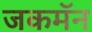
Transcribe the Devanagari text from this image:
जकमॅन